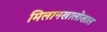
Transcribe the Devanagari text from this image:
मिलानखालोखाल